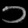
Digit: ၁